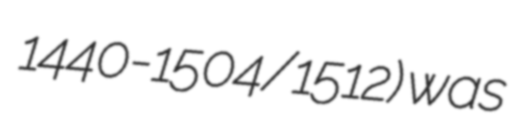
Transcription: Ανδρέας Παβίας 1440-1504/1512) was